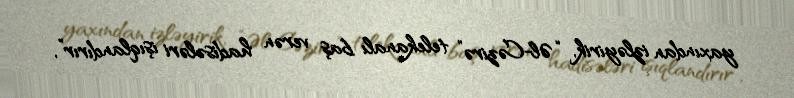
yaxından izləyirik, “Əl-Cəzirə” telekanalı baş verən hadisələri işıqlandırır”,